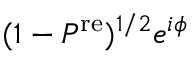
( 1 - P ^ { \mathrm { r e } } ) ^ { 1 / 2 } e ^ { i \phi }